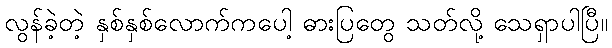
လွန်ခဲ့တဲ့ နှစ်နှစ်လောက်ကပေါ့ ဓားပြတွေ သတ်လို့ သေရှာပါပြီ။